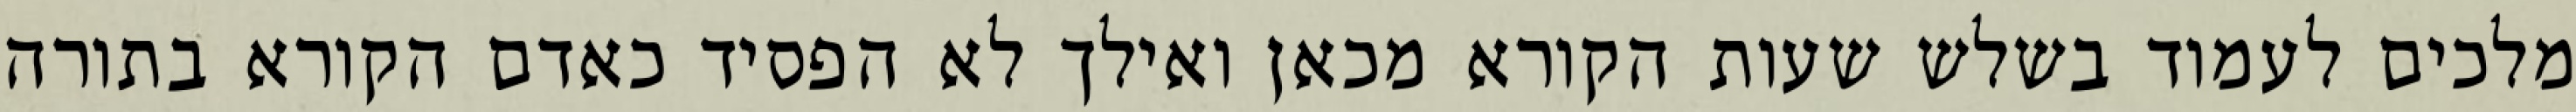
מלכים לעמוד בשלש שעות הקורא מכאן ואילך לא הפסיד כאדם הקורא בתורה